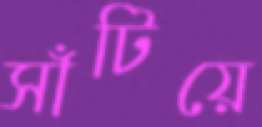
সাঁটিয়ে